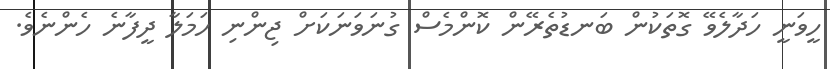
ހީވަނީ ހަދާލެވޭ ގޮތަކުން ބަނޑުތެރޭން ކޮންމެސް ގުނަވަނަކަށް ޖިންނި ހަމަލާ ދީފާނެ ހެންނެވެ.